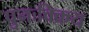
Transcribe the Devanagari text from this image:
पुनःविक्रय